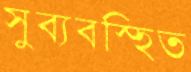
সুব্যবস্হিত